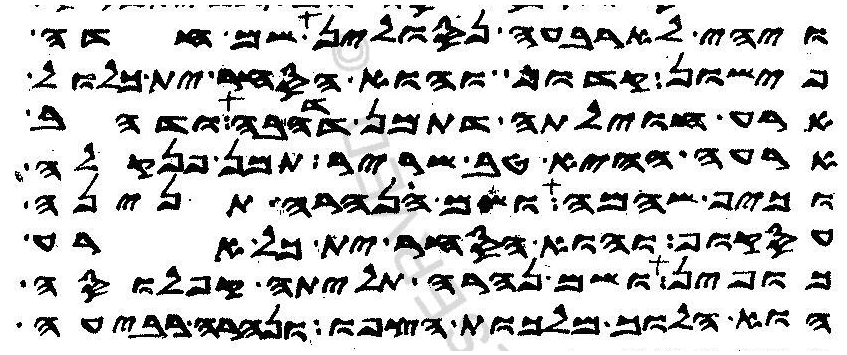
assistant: ויהי לארבעה נסולין שם חדה
פישון קדוף והוא הסחר ית כלול
ארע חוילתה דתמן דדהבה ודהב
ארעה ההיא טב שריר תמן פנקלה
וכיף שהמה ושם נהרה תנינה
עסקוף והוא הסחר ית כל ארע
כופין ושם נהרה תליתה קפלוסה
הוא הלוך מלכות הצפו ונהרה רביעה